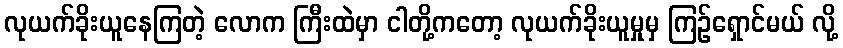
လုယက်ခိုးယူနေကြတဲ့ လောက ကြီးထဲမှာ ငါတို့ကတော့ လုယက်ခိုးယူမှုမှ ကြဉ်ရှောင်မယ် လို့